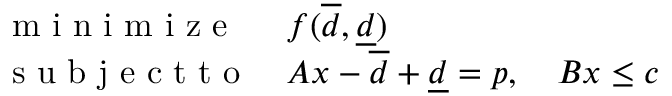
\begin{array} { l l } { \mathrm { ~ m ~ i ~ n ~ i ~ m ~ i ~ z ~ e ~ } } & { f ( \overline { d } , \underline { d } ) } \\ { \mathrm { ~ s ~ u ~ b ~ j ~ e ~ c ~ t ~ t ~ o ~ } } & { A x - \overline { d } + \underline { d } = p , \quad B x \leq c } \end{array}